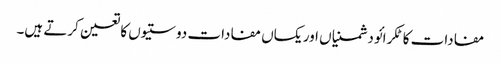
مفادات کا ٹکرائو دشمنیاں اور یکساں مفادات دوستیوں کا تعین کرتے ہیں۔